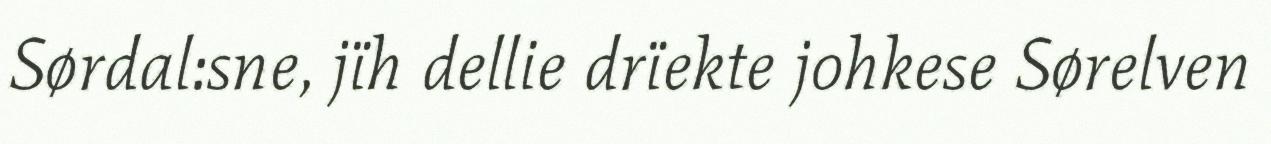
Sørdal:sne, jïh dellie drïekte johkese Sørelven